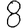
Digit: 8